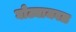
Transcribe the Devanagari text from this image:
घोट्याजवळ